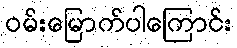
ဝမ်းမြောက်ပါကြောင်း